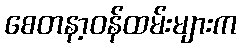
စေတနာ့ဝန်ထမ်းများက